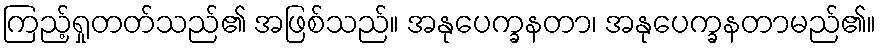
ကြည့်ရှုတတ်သည်၏ အဖြစ်သည်။ အနုပေက္ခနတာ၊ အနုပေက္ခနတာမည်၏။